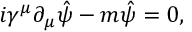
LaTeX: i \gamma ^ { \mu } \partial _ { \mu } \hat { \psi } - m { \hat { \psi } } = 0 ,